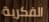
الفكرية